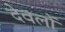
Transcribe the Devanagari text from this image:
देवलों